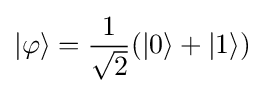
|\varphi \rangle ={\frac {1}{\sqrt {2}}}(|0\rangle +|1\rangle )